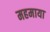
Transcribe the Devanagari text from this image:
महमाया